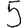
Digit: 5